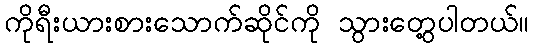
ကိုရီးယားစားသောက်ဆိုင်ကို သွားတွေ့ပါတယ်။